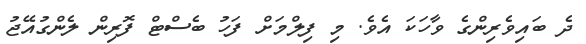
ދެ ބައިވެރިންގެ ވާހަކަ އެވެ. މި ފިލްމަށް ފަހު ބެސްޓް ފޮރިން ލެންގުއޭޖު